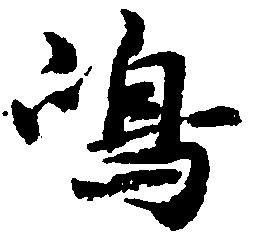
嶋